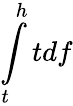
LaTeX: \int\limits_{t}^{h}tdf